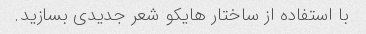
با استفاده از ساختار هایکو شعر جدیدی بسازید.